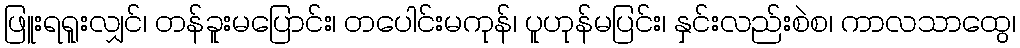
ဖြူးရရူးလျှင်၊ တန်ခူးမပြောင်း၊ တပေါင်းမကုန်၊ ပူဟုန်မပြင်း၊ နှင်းလည်းစဲစ၊ ကာလသာထွေ၊